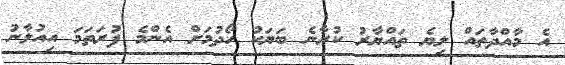
އެ މާއްދާތައް ލިޔެ ތައްޔާރު ކުރާނެ ބަޔަކު ހޯދުމަށް އެންމެ ފުރަތަމަ އިއުލާނު